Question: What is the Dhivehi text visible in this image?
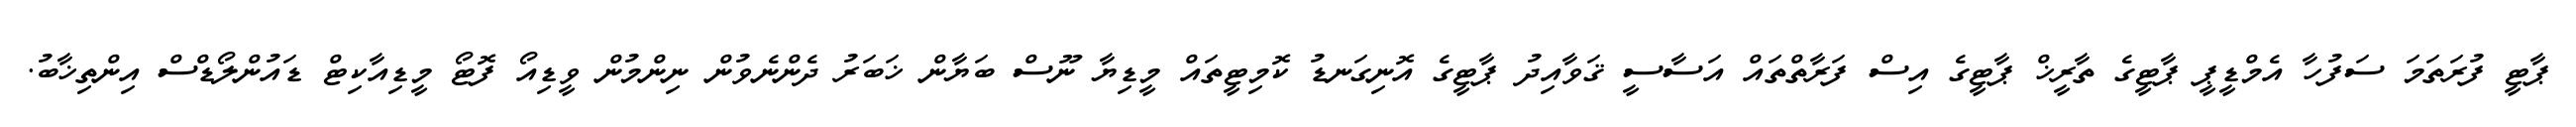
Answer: ޕާޓީ ފުރަތަމަ ސަފުހާ އެމްޑީޕީ ޕާޓީގެ ތާރީޚް ޕާޓީގެ އިސް ފަރާތްތައް އަސާސީ ޤަވާއިދު ޕާޓީގެ އޮނިގަނޑު ކޮމިޓީތައް މީޑިޔާ ނޫސް ބަޔާން ޚަބަރު ދެންނެވުން ނިންމުން ވީޑިއޯ ފޮޓޯ މީޑިއާކިޓް ޑައުންލޯޑްސް އިންތިޚާބު.